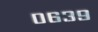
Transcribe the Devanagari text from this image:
०६३९